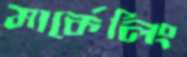
মার্কেলিং